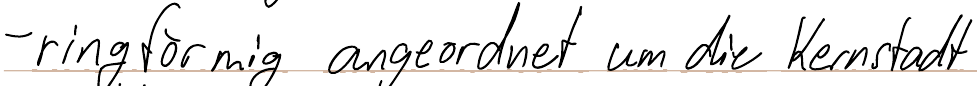
- ringförmig angeordnet um die Kernstadt